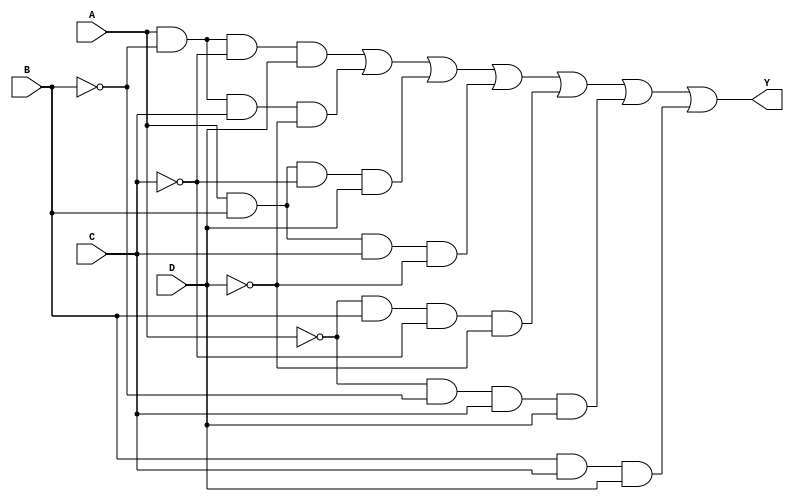
module kmap_4_variable (
    input wire A,   // Input variable A
    input wire B,   // Input variable B
    input wire C,   // Input variable C
    input wire D,   // Input variable D
    output wire Y   // Output Y
);

// K-map implementation for a simplified logic function
assign Y = (A & ~B & ~C & D) |      // Minterm 1
           (A & ~B & C & ~D) |     // Minterm 3
           (A & B & ~C & D) |      // Minterm 7
           (A & B & C & ~D) |      // Minterm 15
           (~A & B & ~C & ~D) |    // Minterm 4
           (~A & ~B & C & D) |      // Minterm 5
           (B & C & D);             // Minterm 13 (additional example)

endmodule